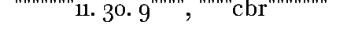
"""""""11. 30. 9"""", """"cbr"""""""